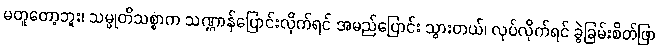
မတူတော့ဘူး၊ သမ္မုတိသစ္စာက သဏ္ဌာန်ပြောင်းလိုက်ရင် အမည်ပြောင်း သွားတယ်၊ လုပ်လိုက်ရင် ခွဲခြမ်းစိတ်ဖြာ